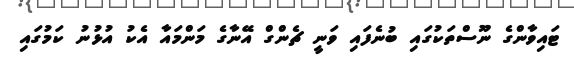
ޓައިވާންގެ ނޫސްތަކުގައި ބުނެފައި ވަނީ ޗެންގް އޭނާގެ މަންމައާ އެކު އުޅުނު ކަމުގައި